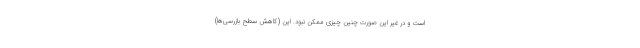
است و در غیر این صورت چنین چیزی ممکن نبود. این (کاهش سطح بازرسی‌ها)